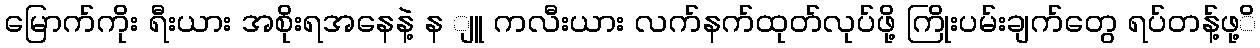
မြောက်ကိုး ရီးယား အစိုးရအနေနဲ့ န ျူ ကလီးယား လက်နက်ထုတ်လုပ်ဖို့ ကြိုးပမ်းချက်တွေ ရပ်တန့်ဖု့ိ